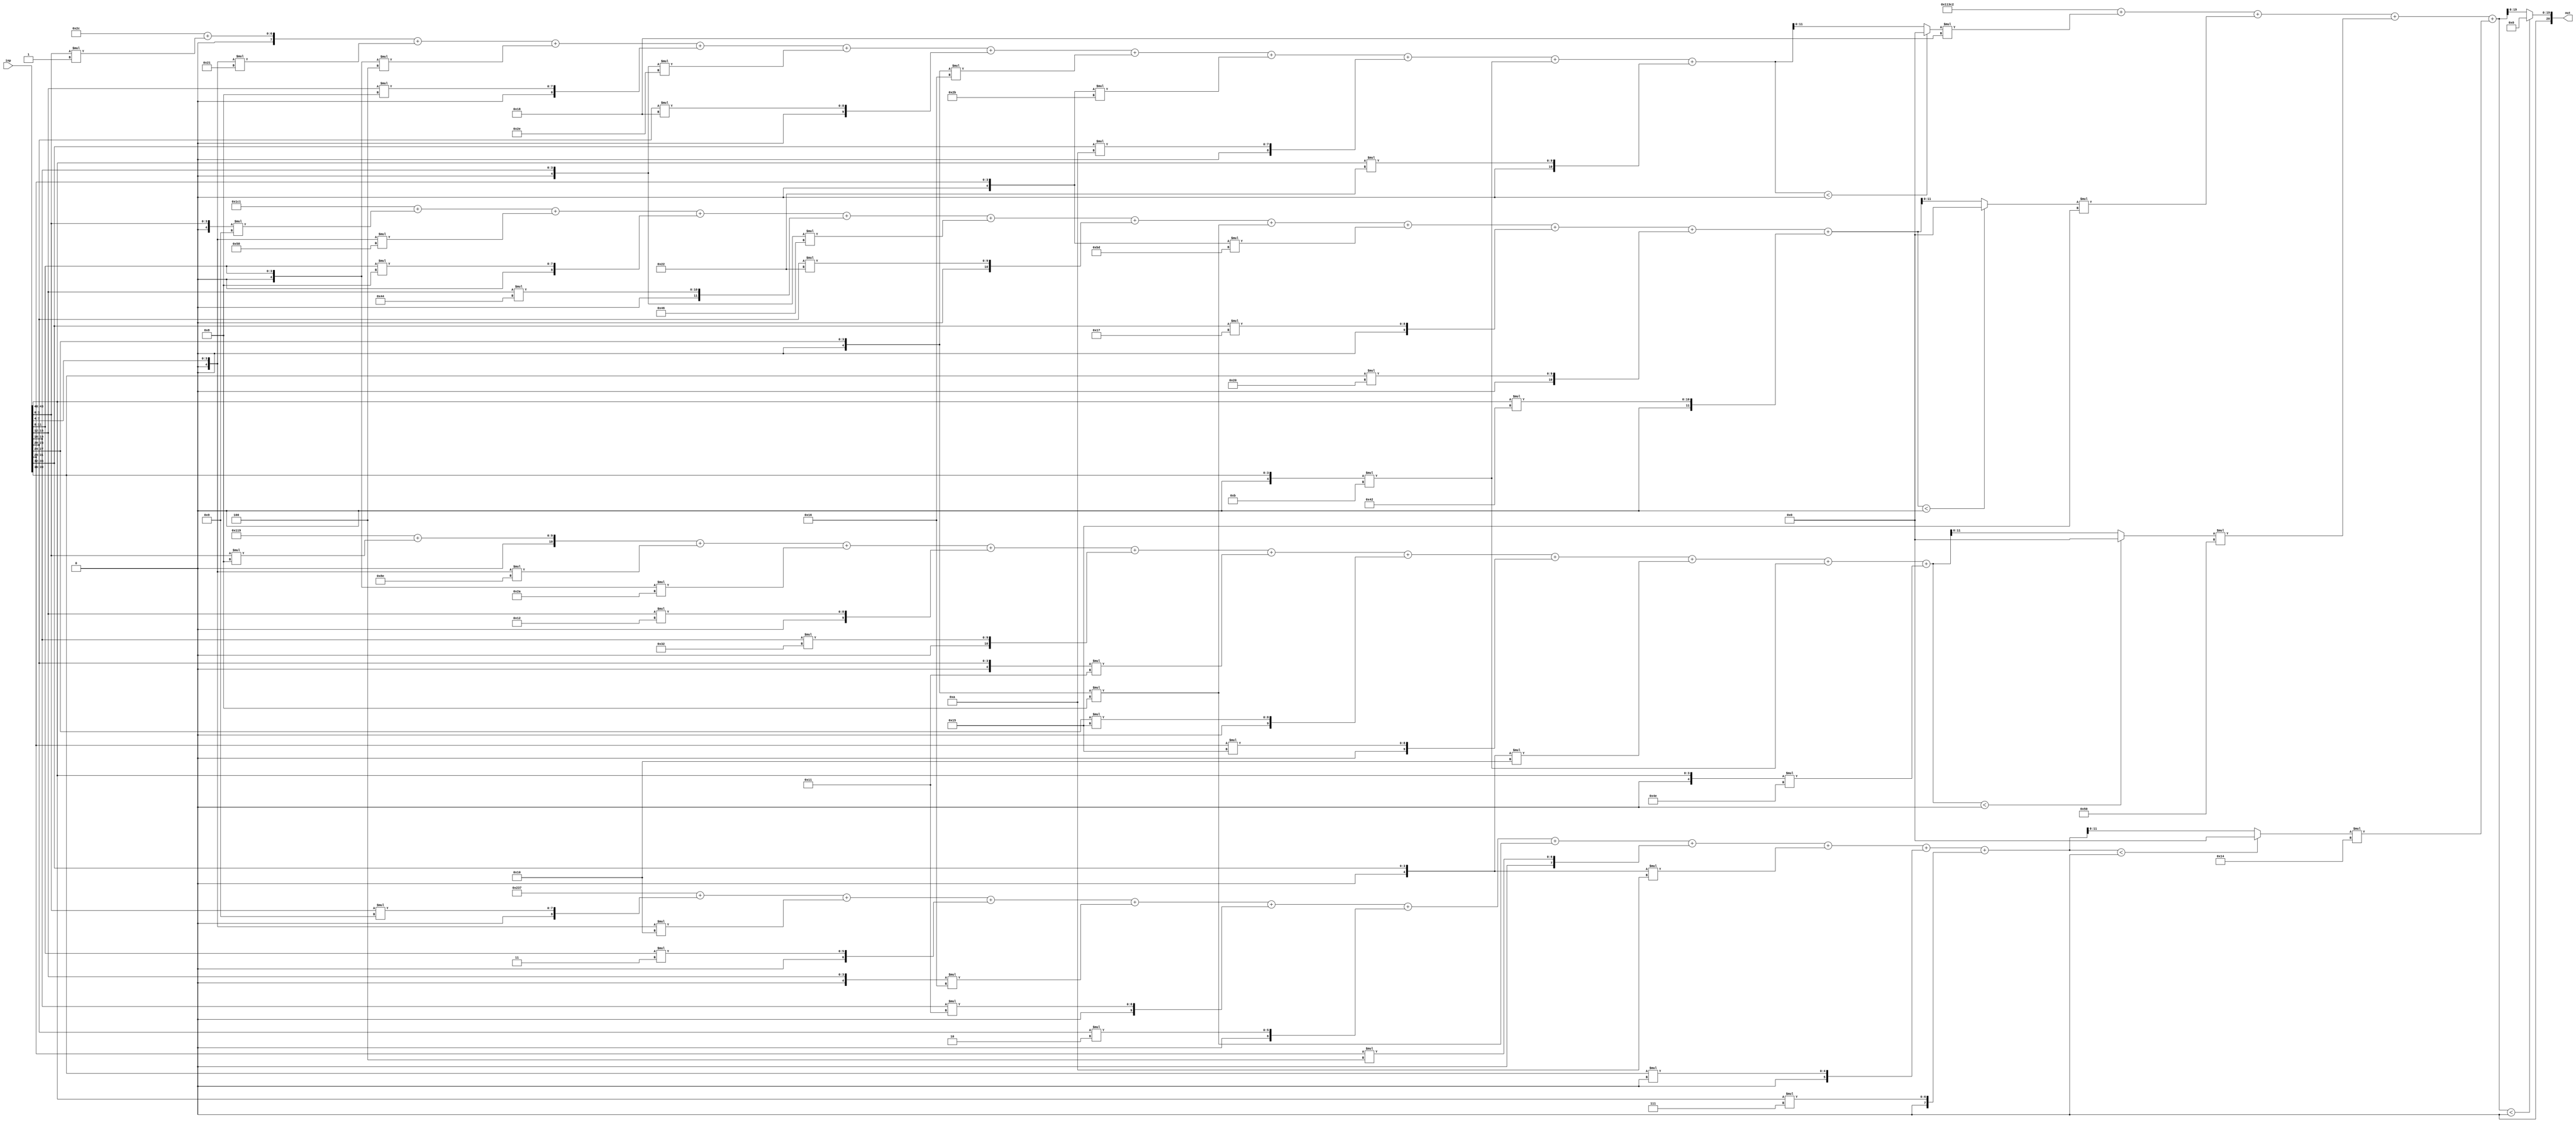
//weights: [[[1, -31, -4, 8, -18, 24, -10, -21, 10, -5, 34], [-7, -40, 8, 68, -58, 34, -8, -67, 23, 32, 66], [8, -114, -22, 18, 50, -15, 21, 21, -16, -5, -50], [9, -16, 3, -10, 17, 2, -8, 4, -6, 0, 7]], [[24, 21, 80, 20]]]
//intercepts: [[44, 449, 281, -457], [70594]]
//act size: [4, 12, 20]
//pred num: 1
module top (inp, out);
input [43:0] inp;
output [20:0] out;

// layer: 0 - neuron: 0
    wire signed [11:0] n_0_0_po_0;
    //weight 1: 8'sb00000001
    assign n_0_0_po_0 = $signed({1'b0, inp[3:0]}) * 8'sb00000001;

    wire signed [11:0] n_0_0_po_1;
    //weight -31: 8'sb11100001
    assign n_0_0_po_1 = $signed({1'b0, inp[7:4]}) * 8'sb11100001;

    wire signed [11:0] n_0_0_po_2;
    //weight -4: 8'sb11111100
    assign n_0_0_po_2 = $signed({1'b0, inp[11:8]}) * 8'sb11111100;

    wire signed [11:0] n_0_0_po_3;
    //weight 8: 8'sb00001000
    assign n_0_0_po_3 = $signed({1'b0, inp[15:12]}) * 8'sb00001000;

    wire signed [11:0] n_0_0_po_4;
    //weight -18: 8'sb11101110
    assign n_0_0_po_4 = $signed({1'b0, inp[19:16]}) * 8'sb11101110;

    wire signed [11:0] n_0_0_po_5;
    //weight 24: 8'sb00011000
    assign n_0_0_po_5 = $signed({1'b0, inp[23:20]}) * 8'sb00011000;

    wire signed [11:0] n_0_0_po_6;
    //weight -10: 8'sb11110110
    assign n_0_0_po_6 = $signed({1'b0, inp[27:24]}) * 8'sb11110110;

    wire signed [11:0] n_0_0_po_7;
    //weight -21: 8'sb11101011
    assign n_0_0_po_7 = $signed({1'b0, inp[31:28]}) * 8'sb11101011;

    wire signed [11:0] n_0_0_po_8;
    //weight 10: 8'sb00001010
    assign n_0_0_po_8 = $signed({1'b0, inp[35:32]}) * 8'sb00001010;

    wire signed [11:0] n_0_0_po_9;
    //weight -5: 8'sb11111011
    assign n_0_0_po_9 = $signed({1'b0, inp[39:36]}) * 8'sb11111011;

    wire signed [11:0] n_0_0_po_10;
    //weight 34: 8'sb00100010
    assign n_0_0_po_10 = $signed({1'b0, inp[43:40]}) * 8'sb00100010;

    wire signed [12:0] n_0_0_sum;
    assign n_0_0_sum = 44 + n_0_0_po_0 + n_0_0_po_1 + n_0_0_po_2 + n_0_0_po_3 + n_0_0_po_4 + n_0_0_po_5 + n_0_0_po_6 + n_0_0_po_7 + n_0_0_po_8 + n_0_0_po_9 + n_0_0_po_10;
    //relu
    wire [11:0] n_0_0;
    assign n_0_0 = (n_0_0_sum<0) ? $unsigned({12{1'b0}}) : $unsigned(n_0_0_sum[11:0]);

// layer: 0 - neuron: 1
    wire signed [11:0] n_0_1_po_0;
    //weight -7: 8'sb11111001
    assign n_0_1_po_0 = $signed({1'b0, inp[3:0]}) * 8'sb11111001;

    wire signed [11:0] n_0_1_po_1;
    //weight -40: 8'sb11011000
    assign n_0_1_po_1 = $signed({1'b0, inp[7:4]}) * 8'sb11011000;

    wire signed [11:0] n_0_1_po_2;
    //weight 8: 8'sb00001000
    assign n_0_1_po_2 = $signed({1'b0, inp[11:8]}) * 8'sb00001000;

    wire signed [11:0] n_0_1_po_3;
    //weight 68: 8'sb01000100
    assign n_0_1_po_3 = $signed({1'b0, inp[15:12]}) * 8'sb01000100;

    wire signed [11:0] n_0_1_po_4;
    //weight -58: 8'sb11000110
    assign n_0_1_po_4 = $signed({1'b0, inp[19:16]}) * 8'sb11000110;

    wire signed [11:0] n_0_1_po_5;
    //weight 34: 8'sb00100010
    assign n_0_1_po_5 = $signed({1'b0, inp[23:20]}) * 8'sb00100010;

    wire signed [11:0] n_0_1_po_6;
    //weight -8: 8'sb11111000
    assign n_0_1_po_6 = $signed({1'b0, inp[27:24]}) * 8'sb11111000;

    wire signed [11:0] n_0_1_po_7;
    //weight -67: 8'sb10111101
    assign n_0_1_po_7 = $signed({1'b0, inp[31:28]}) * 8'sb10111101;

    wire signed [11:0] n_0_1_po_8;
    //weight 23: 8'sb00010111
    assign n_0_1_po_8 = $signed({1'b0, inp[35:32]}) * 8'sb00010111;

    wire signed [11:0] n_0_1_po_9;
    //weight 32: 8'sb00100000
    assign n_0_1_po_9 = $signed({1'b0, inp[39:36]}) * 8'sb00100000;

    wire signed [11:0] n_0_1_po_10;
    //weight 66: 8'sb01000010
    assign n_0_1_po_10 = $signed({1'b0, inp[43:40]}) * 8'sb01000010;

    wire signed [12:0] n_0_1_sum;
    assign n_0_1_sum = 449 + n_0_1_po_0 + n_0_1_po_1 + n_0_1_po_2 + n_0_1_po_3 + n_0_1_po_4 + n_0_1_po_5 + n_0_1_po_6 + n_0_1_po_7 + n_0_1_po_8 + n_0_1_po_9 + n_0_1_po_10;
    //relu
    wire [11:0] n_0_1;
    assign n_0_1 = (n_0_1_sum<0) ? $unsigned({12{1'b0}}) : $unsigned(n_0_1_sum[11:0]);

// layer: 0 - neuron: 2
    wire signed [11:0] n_0_2_po_0;
    //weight 8: 8'sb00001000
    assign n_0_2_po_0 = $signed({1'b0, inp[3:0]}) * 8'sb00001000;

    wire signed [11:0] n_0_2_po_1;
    //weight -114: 8'sb10001110
    assign n_0_2_po_1 = $signed({1'b0, inp[7:4]}) * 8'sb10001110;

    wire signed [11:0] n_0_2_po_2;
    //weight -22: 8'sb11101010
    assign n_0_2_po_2 = $signed({1'b0, inp[11:8]}) * 8'sb11101010;

    wire signed [11:0] n_0_2_po_3;
    //weight 18: 8'sb00010010
    assign n_0_2_po_3 = $signed({1'b0, inp[15:12]}) * 8'sb00010010;

    wire signed [11:0] n_0_2_po_4;
    //weight 50: 8'sb00110010
    assign n_0_2_po_4 = $signed({1'b0, inp[19:16]}) * 8'sb00110010;

    wire signed [11:0] n_0_2_po_5;
    //weight -15: 8'sb11110001
    assign n_0_2_po_5 = $signed({1'b0, inp[23:20]}) * 8'sb11110001;

    wire signed [11:0] n_0_2_po_6;
    //weight 21: 8'sb00010101
    assign n_0_2_po_6 = $signed({1'b0, inp[27:24]}) * 8'sb00010101;

    wire signed [11:0] n_0_2_po_7;
    //weight 21: 8'sb00010101
    assign n_0_2_po_7 = $signed({1'b0, inp[31:28]}) * 8'sb00010101;

    wire signed [11:0] n_0_2_po_8;
    //weight -16: 8'sb11110000
    assign n_0_2_po_8 = $signed({1'b0, inp[35:32]}) * 8'sb11110000;

    wire signed [11:0] n_0_2_po_9;
    //weight -5: 8'sb11111011
    assign n_0_2_po_9 = $signed({1'b0, inp[39:36]}) * 8'sb11111011;

    wire signed [11:0] n_0_2_po_10;
    //weight -50: 8'sb11001110
    assign n_0_2_po_10 = $signed({1'b0, inp[43:40]}) * 8'sb11001110;

    wire signed [12:0] n_0_2_sum;
    assign n_0_2_sum = 281 + n_0_2_po_0 + n_0_2_po_1 + n_0_2_po_2 + n_0_2_po_3 + n_0_2_po_4 + n_0_2_po_5 + n_0_2_po_6 + n_0_2_po_7 + n_0_2_po_8 + n_0_2_po_9 + n_0_2_po_10;
    //relu
    wire [11:0] n_0_2;
    assign n_0_2 = (n_0_2_sum<0) ? $unsigned({12{1'b0}}) : $unsigned(n_0_2_sum[11:0]);

// layer: 0 - neuron: 3
    wire signed [11:0] n_0_3_po_0;
    //weight 9: 8'sb00001001
    assign n_0_3_po_0 = $signed({1'b0, inp[3:0]}) * 8'sb00001001;

    wire signed [11:0] n_0_3_po_1;
    //weight -16: 8'sb11110000
    assign n_0_3_po_1 = $signed({1'b0, inp[7:4]}) * 8'sb11110000;

    wire signed [11:0] n_0_3_po_2;
    //weight 3: 8'sb00000011
    assign n_0_3_po_2 = $signed({1'b0, inp[11:8]}) * 8'sb00000011;

    wire signed [11:0] n_0_3_po_3;
    //weight -10: 8'sb11110110
    assign n_0_3_po_3 = $signed({1'b0, inp[15:12]}) * 8'sb11110110;

    wire signed [11:0] n_0_3_po_4;
    //weight 17: 8'sb00010001
    assign n_0_3_po_4 = $signed({1'b0, inp[19:16]}) * 8'sb00010001;

    wire signed [11:0] n_0_3_po_5;
    //weight 2: 8'sb00000010
    assign n_0_3_po_5 = $signed({1'b0, inp[23:20]}) * 8'sb00000010;

    wire signed [11:0] n_0_3_po_6;
    //weight -8: 8'sb11111000
    assign n_0_3_po_6 = $signed({1'b0, inp[27:24]}) * 8'sb11111000;

    wire signed [11:0] n_0_3_po_7;
    //weight 4: 8'sb00000100
    assign n_0_3_po_7 = $signed({1'b0, inp[31:28]}) * 8'sb00000100;

    wire signed [11:0] n_0_3_po_8;
    //weight -6: 8'sb11111010
    assign n_0_3_po_8 = $signed({1'b0, inp[35:32]}) * 8'sb11111010;

    wire signed [11:0] n_0_3_po_9;
    //weight 0: 8'sb00000000
    assign n_0_3_po_9 = $signed({1'b0, inp[39:36]}) * 8'sb00000000;

    wire signed [11:0] n_0_3_po_10;
    //weight 7: 8'sb00000111
    assign n_0_3_po_10 = $signed({1'b0, inp[43:40]}) * 8'sb00000111;

    wire signed [12:0] n_0_3_sum;
    assign n_0_3_sum = -457 + n_0_3_po_0 + n_0_3_po_1 + n_0_3_po_2 + n_0_3_po_3 + n_0_3_po_4 + n_0_3_po_5 + n_0_3_po_6 + n_0_3_po_7 + n_0_3_po_8 + n_0_3_po_9 + n_0_3_po_10;
    //relu
    wire [11:0] n_0_3;
    assign n_0_3 = (n_0_3_sum<0) ? $unsigned({12{1'b0}}) : $unsigned(n_0_3_sum[11:0]);

// layer: 1 - neuron: 0
    wire signed [19:0] n_1_0_po_0;
    //weight 24: 8'sb00011000
    assign n_1_0_po_0 = $signed({1'b0, n_0_0}) * 8'sb00011000;

    wire signed [19:0] n_1_0_po_1;
    //weight 21: 8'sb00010101
    assign n_1_0_po_1 = $signed({1'b0, n_0_1}) * 8'sb00010101;

    wire signed [19:0] n_1_0_po_2;
    //weight 80: 8'sb01010000
    assign n_1_0_po_2 = $signed({1'b0, n_0_2}) * 8'sb01010000;

    wire signed [19:0] n_1_0_po_3;
    //weight 20: 8'sb00010100
    assign n_1_0_po_3 = $signed({1'b0, n_0_3}) * 8'sb00010100;

    wire signed [20:0] n_1_0_sum;
    assign n_1_0_sum = 70594 + n_1_0_po_0 + n_1_0_po_1 + n_1_0_po_2 + n_1_0_po_3;
    //relu
    wire [19:0] n_1_0;
    assign n_1_0 = (n_1_0_sum<0) ? $unsigned({20{1'b0}}) : $unsigned(n_1_0_sum[19:0]);

    assign out = {n_1_0};

endmodule